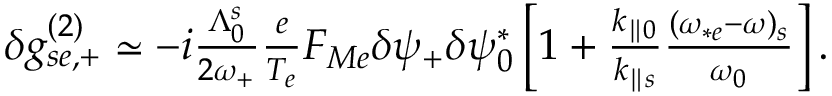
\begin{array} { r } { \delta g _ { s e , + } ^ { ( 2 ) } \simeq - i \frac { \Lambda _ { 0 } ^ { s } } { 2 \omega _ { + } } \frac { e } { T _ { e } } F _ { M e } \delta \psi _ { + } \delta \psi _ { 0 } ^ { * } \left[ 1 + \frac { k _ { \parallel 0 } } { k _ { \parallel s } } \frac { ( \omega _ { * e } - \omega ) _ { s } } { \omega _ { 0 } } \right] . } \end{array}